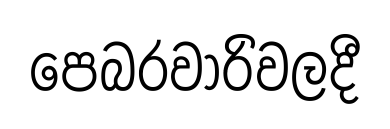
පෙබරවාරිවලදී